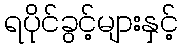
ရပိုင်ခွင့်များနှင့်